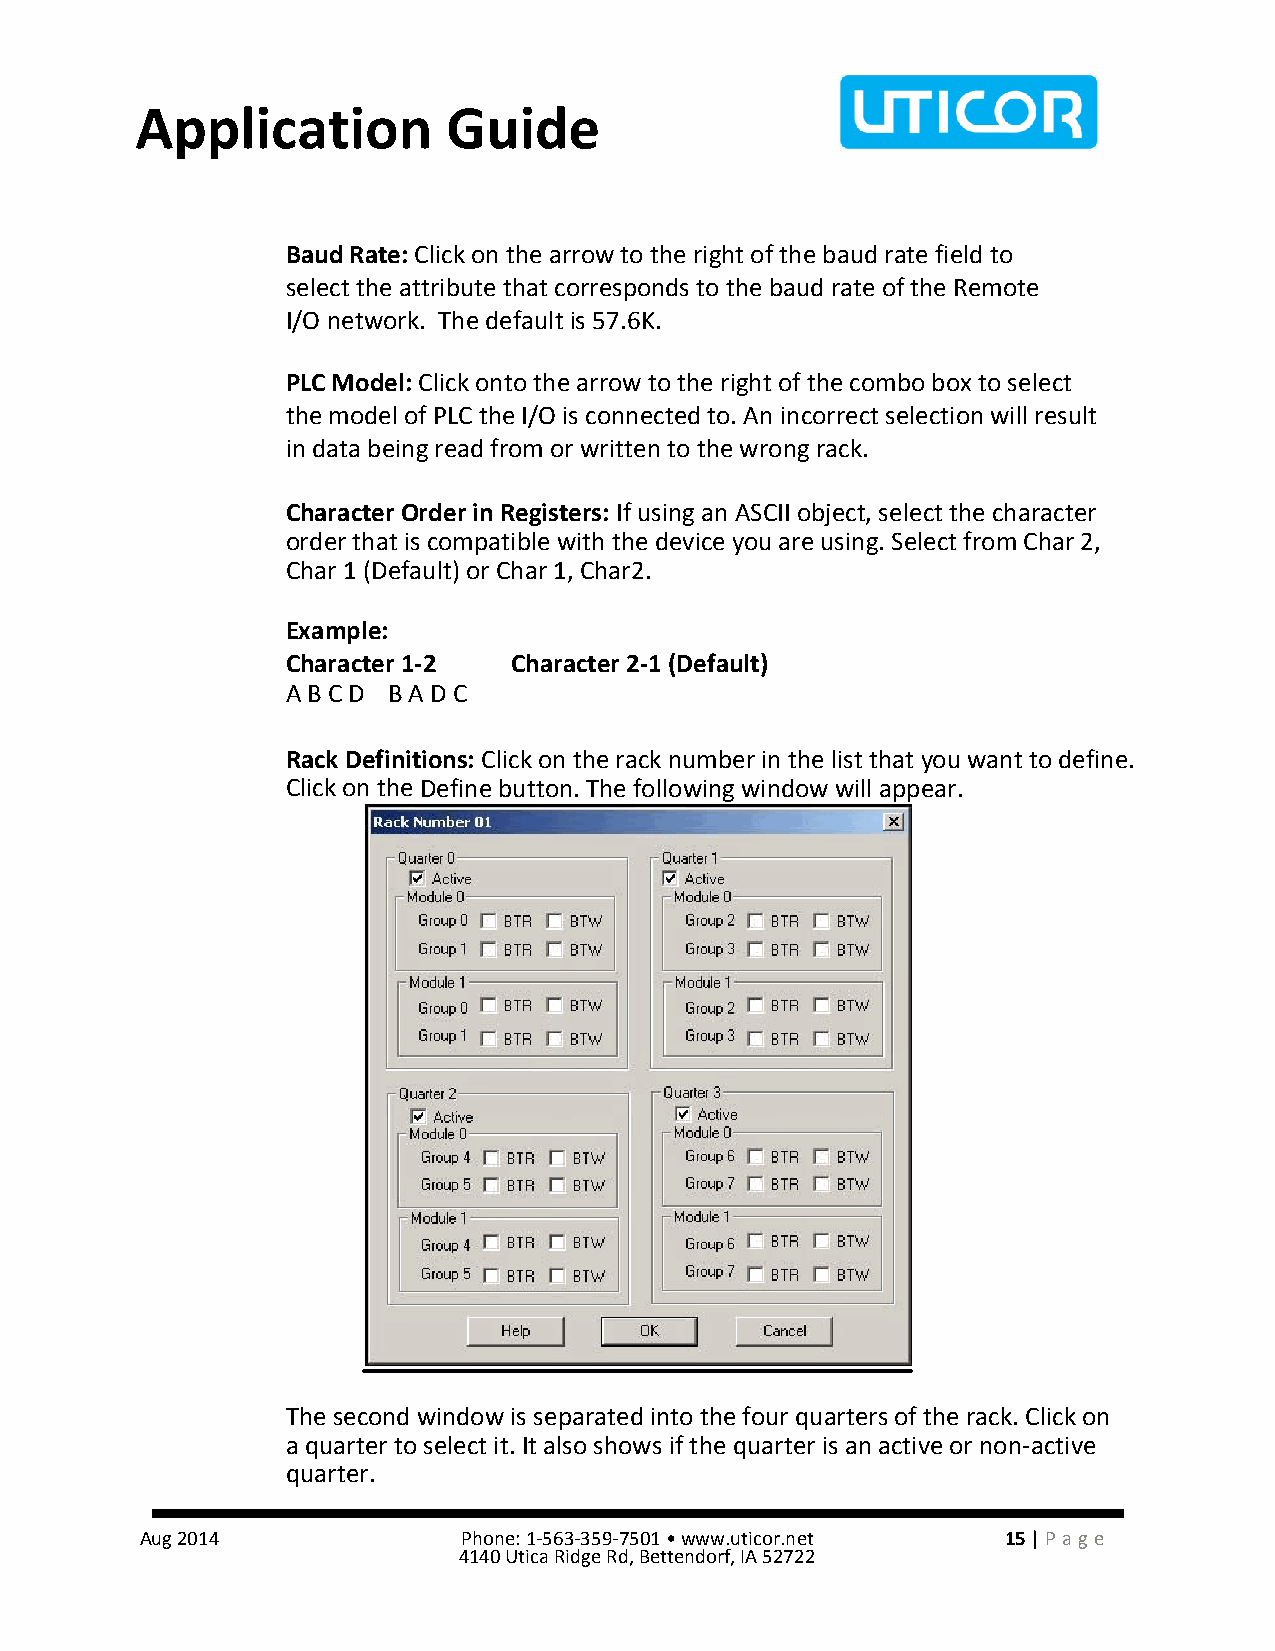
Application          Guide
 Baud Rate: Click on the arrow to the right of the baud rate field to
 select the attribute that corresponds to the baud rate of the Remote
 I/O network. The default is 57.6K.
 PLC Model: Click onto the arrow to the right of the combo box to select
 the model of PLC the I/O is connected to. An incorrect selection will result
 in data being read from or written to the wrong rack.
 Character Order in Registers: If using an ASCII object, select the character
 order that is compatible with the device you are using. Select from Char 2,
 Char 1 (Default) or Char 1, Char2.
 Example:
 Character 1-2  Character 2-1 (Default)
 A B C D B A D C
 Rack Definitions: Click on the rack number in the list that you want to define.
 Click on the Define button. The following window will appear.
 The second window is separated into the four quarters of the rack. Click on
 a quarter to select it. It also shows if the quarter is an active or non-active
 quarter.
 Aug 2014              Phone: 1-563-359-7501 • www.uticor.net 15 | Pa ge
 4140 Utica Ridge Rd, Bettendorf, IA 52722